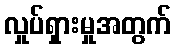
လှုပ်ရှားမှုအတွက်